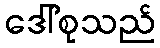
ဒေါ်စုသည်